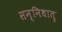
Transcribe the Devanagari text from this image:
सन्निधातृ